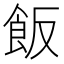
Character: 飯